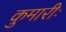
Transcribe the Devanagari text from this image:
कुमारीः